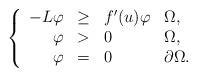
LaTeX: \begin{align*}\left\{\begin{array}{rlll}-L \varphi & \geq & f'(u) \varphi & \Omega,\\\varphi & >& 0 & \Omega,\\ \varphi & =& 0 & \partial\Omega.\end{array}\right.\end{align*}